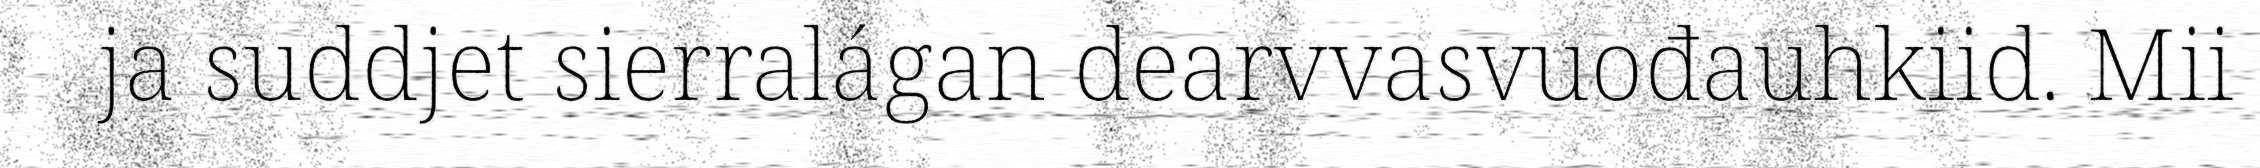
ja suddjet sierralágan dearvvasvuođauhkiid. Mii